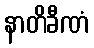
နာတိခီဏံ